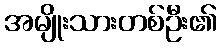
အမျိုးသားတစ်ဦး၏